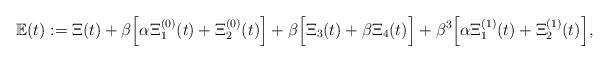
LaTeX: \begin{align*}\mathbb{E}(t):=\Xi(t)+\beta\Big[\alpha\Xi_1^{(0)}(t)+\Xi_2^{(0)}(t)\Big]+\beta\Big[\Xi_3(t)+\beta\Xi_4(t)\Big]+\beta^3\Big[\alpha\Xi_1^{(1)}(t)+\Xi_2^{(1)}(t)\Big],\end{align*}